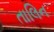
તાલિન